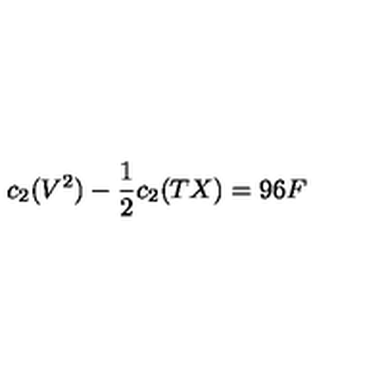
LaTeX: c _ { 2 } ( V ^ { 2 } ) - \frac { 1 } { 2 } c _ { 2 } ( T X ) = 9 6 F